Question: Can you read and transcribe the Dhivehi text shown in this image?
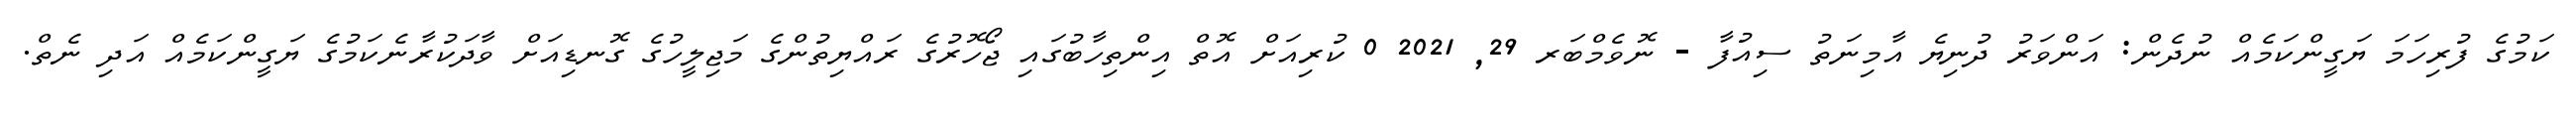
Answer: ކަމުގެ ފުރިހަމަ ޔަގީންކަމެއް ނުދެން: އަންވަރު ދުނިޔެ އާމިނަތު ސިއުފާ - ނޮވެމްބަރ 29, 2021 0 ކުރިއަށް އޮތް އިންތިހާބުގައި ޖޯހޮރުގެ ރައްޔިތުންގެ މަޖިލީހުގެ ގޮނޑިއަށް ވާދަކުރާނެކަމުގެ ޔަގީންކަމެއް އަދި ނެތް.